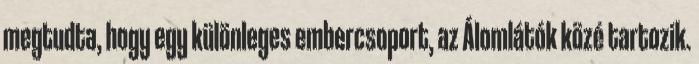
megtudta, hogy egy különleges embercsoport, az Álomlátók közé tartozik.